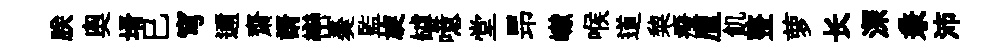
朕奧壻巳穹邇齋諝巒羮監旋罅噫堂昻𪩘喉道棃癈厘飢整萝长深兼沛